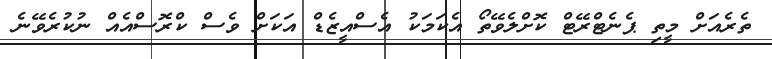
ތެރެއަށް މީތި ޕެނެޓްރޭޓް ކޮށްލެވޭތޯ އެކަމަކު އެސްއީޒެޑް އަކަށް ވެސް ކްރޮސްއެއް ނުކުރެވޭނެ